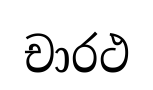
චාරථ